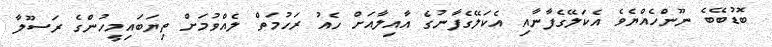
ބޮޑުބޭބެ ނޫންހެއްޔެވެ އެކަލޭގެފާނާއި އެކަލޭގެފާނުގެ އާއިލާއަށް ހެއު ރަހުމަތް ލެއްވުމަށް ތިޔަބައިމީހުންގެ ރަސޫލާ